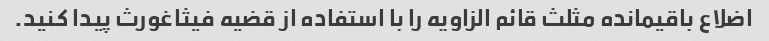
اضلاع باقیمانده مثلث قائم الزاویه را با استفاده از قضیه فیثاغورث پیدا کنید.